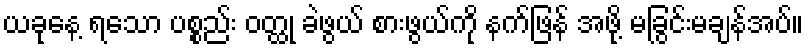
ယခုနေ့ ရသော ပစ္စည်း ဝတ္ထု ခဲဖွယ် စားဖွယ်ကို နက်ဖြန် အဖို့ မခြွင်းမချန်အပ်။